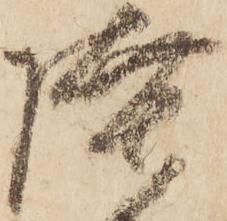
陸